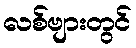
လစ်ဗျားတွင်